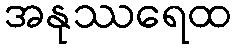
အနုဿရေထ